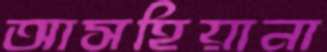
আসহিয়ানা